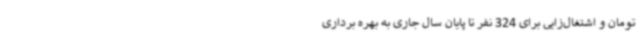
تومان و اشتغال‌زایی برای 324 نفر تا پایان سال جاری به بهره برداری